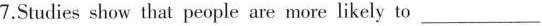
7.Studies show that people are more likely to ___